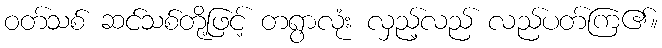
ဝတ်သစ် ဆင်သစ်တို့ဖြင့် တရွာလုံး လှည့်လည် လည်ပတ်ကြ၏။